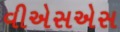
વીએસએસ